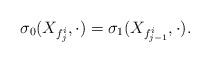
LaTeX: \begin{align*}\sigma_0(X_{f^i_{j}}, \cdot) = \sigma_1(X_{f^i_{j-1}}, \cdot).\end{align*}